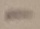
Text: -